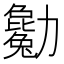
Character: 𠣄